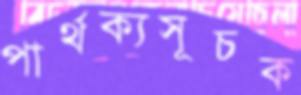
পার্থক্যসূচক